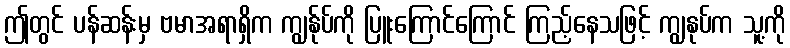
ဤတွင် ပန်ဆန်းမှ ဗမာအရာရှိက ကျွန်ုပ်ကို ပြူးကြောင်ကြောင် ကြည့်နေသဖြင့် ကျွနုပ်က သူ့ကို